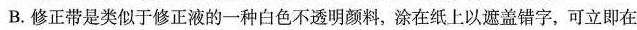
B.修正带是类似于修正液的一种白色不透明颜料，涂在纸上以遮盖错字，可立即在